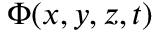
\Phi ( x , y , z , t )